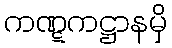
ကဏ္ဋကဋ္ဌာနမှိ